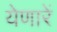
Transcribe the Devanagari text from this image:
येणारें